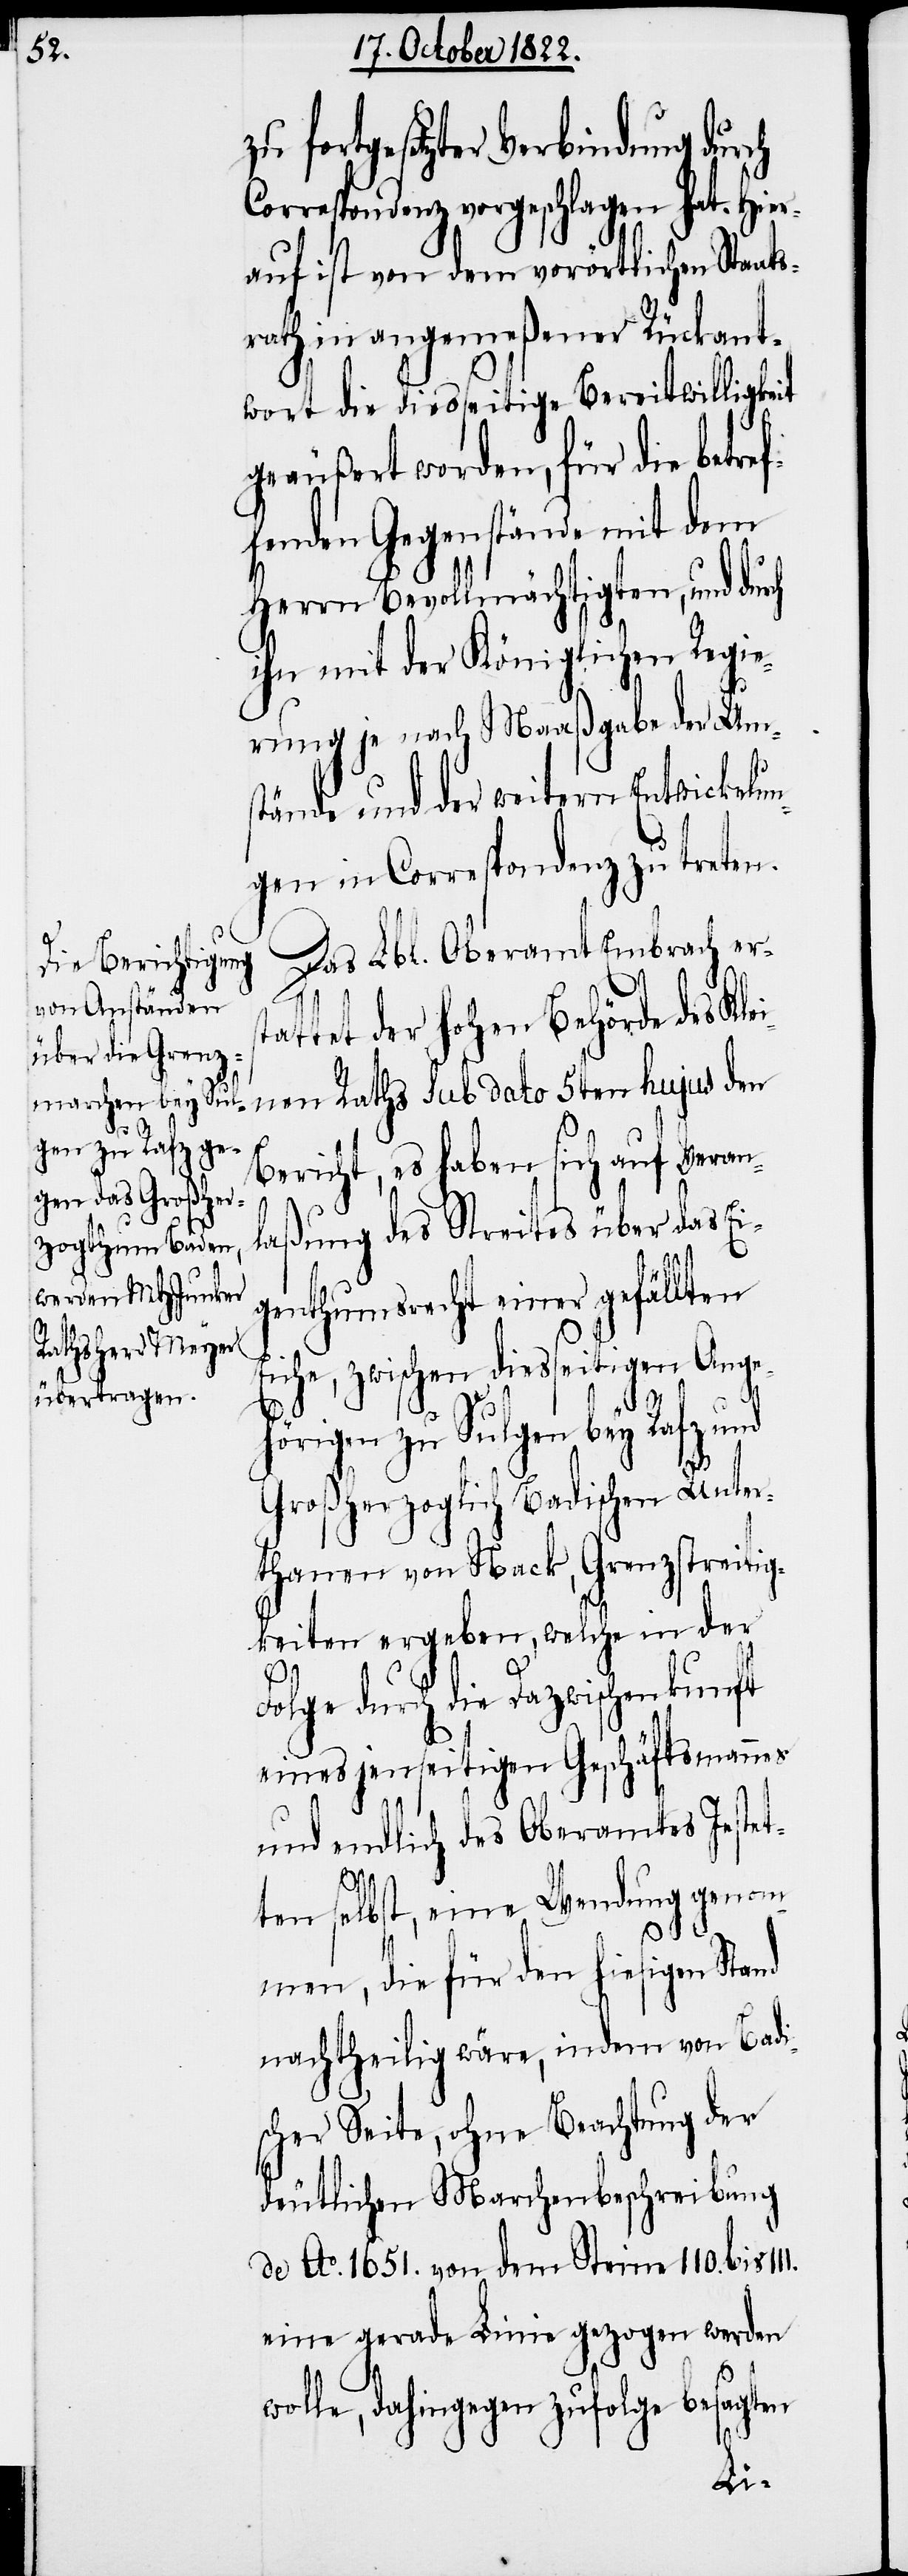
zu fortgesetzter Verbindung durch
Correspondenz vorgeschlagen hat. Hier¬
auf ist von dem vorörtlichen Staats¬
rath in angemeßener Rückant¬
wort die diesseitige Bereitwilligkeit
geäußert worden, für die betref¬
fenden Gegenstände mit dem
Herrn Bevollmächtigten, und dur¬
ihn mit der Königlichen Regie¬
rung je nach Maaßgabe der Um¬
stände und der weitern Entwickelu¬
ngen in Correspondenz zu treten.
Das Lbl. Oberamt Embrach ers¬
tattet der hohen Behörde des Kle¬
inen Rathes sub dato 5ten hujus den
Bericht, es haben sich auf Veran¬
laßung des Streites über das Ei¬
genthumsrecht einer gefällten
Eiche, zwischen diesseitigen Ange¬
t¬
hörigen zu Sulgen bey Rafz und
Großherzoglich Badischen Unter¬
thanen von Nack, Grenzstreitig¬
keiten ergeben, welche in der
Folge durch die Dazwischenkunft
eines jenseitigen Geschäftsmannes
und endlich des Oberamtes Jeste¬
ten selbst, eine Wendung genom¬
men, die für den hiesigen Stand
nachtheilig wäre, indem von Badi¬
scher Seite, ohne Beachtung der
deutlichen Marchenbeschreibung
de Ao. 1651. von dem Steine 110.
eine gerade Linie gezogen werden
wolle, dahingegen zufolge besagten